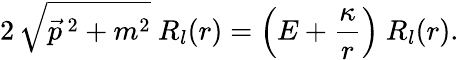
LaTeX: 2\, \sqrt{\vec{p}\, ^{2}+m^{2}}\ R_{l}(r)=\left(E+\frac{\kappa}{r}\right)\ R_{l}(r).